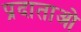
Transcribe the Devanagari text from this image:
प्रदाताओ